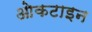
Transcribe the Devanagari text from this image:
ओकटाइन